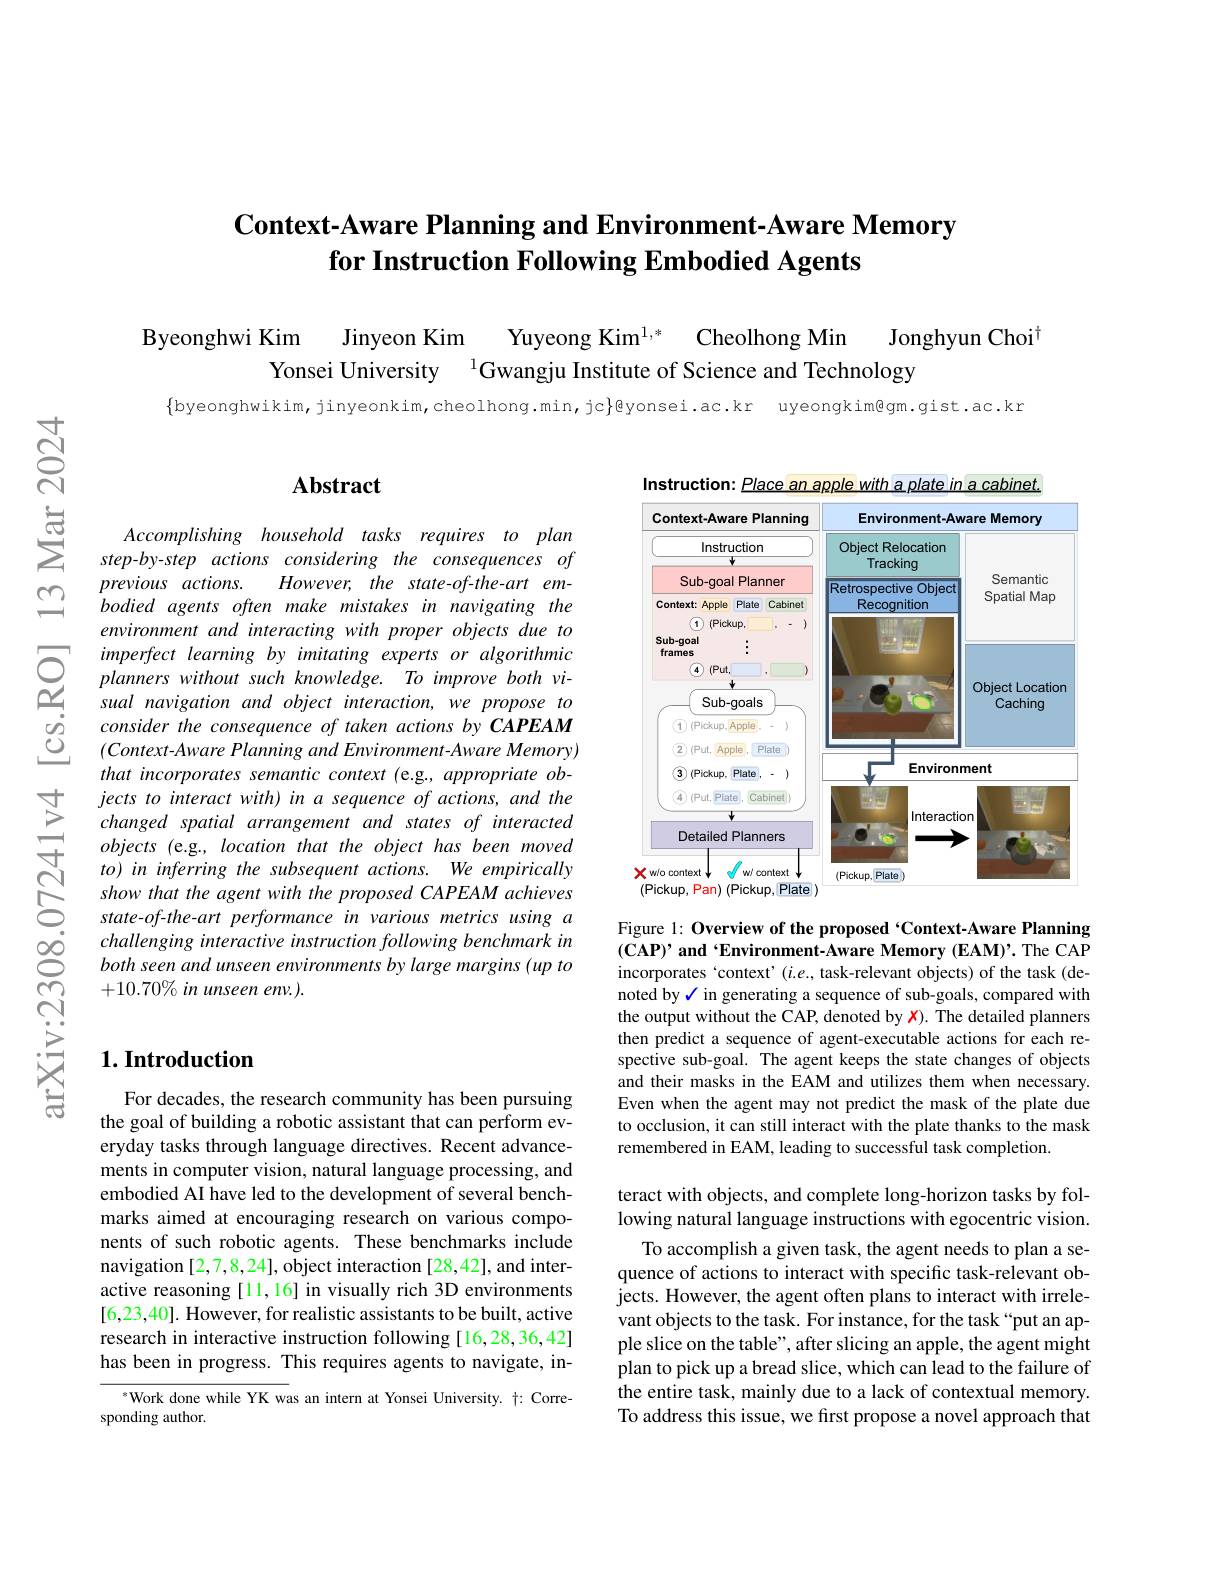
# $\textbf{Context- Aware Planning and Environment- Aware Memory}$ for Instruction Following Embodied Agents

Byeonghwi Kim
Jinyeon Kim
Yuyeong Kim$^{1, * }$ Cheolhong Min
Jonghyun Choi$^{\dagger}$
Yonsei University $^{1}$Gwangju Institute of Science and Technology
$$\{$byeonghwikim,jinyeonkim,cheolhong.min,jc}$gyonsei.ac.kr uyeongkim@gm.gist.ac.kr

### $\mathbf{Abstract}$

Accomplishing household tasks requires $to$ plan step-by-step actions considering the consequences of
However, the state-of-the-art em-
previous actions.
bodied agents often make mistakes in navigating the environment and interacting with proper objects due to imperfect learning by imitating experts or algorithmic planners without such knowledge. To improve both visual navigation and object interaction, we propose to consider the consequence of taken actions by CAPEAM $( Context- Aware\textit{Planning and Environment- Aware Memory})$ that incorporates semantic context (e.g., appropriate objects to interact with) in a sequence of actions, and the changed spatial arrangement and states of interacted objects (e.g., location that the object has been moved
$\begin{array}{ccc}{to)in~inferring~the~subsequent~actions.~We~empirically}\\{\mathrm{N}}&{show~that~the~agent~with~the~proposed~CAPEAM~achieves}\\{\mathrm{S}}&{state-of-the-art~performance~in~various~metrics~using~a}\end{array}$
challenging interactive instruction following benchmark in both seen and unseen environments by large margins (up to $+10.70\%$ in unseen env.).

## $1. \textbf{Introduction}$

For decades, the research community has been pursuing the goal of building a robotic assistant that can perform everyday tasks through language directives. Recent advancements in computer vision, natural language processing, and embodied AI have led to the development of several benchmarks aimed at encouraging research on various components of such robotic agents. These benchmarks include navigation [2,7,8,24], object interaction [28,42], and interactive reasoning [11,16] in visually rich 3D environments [6,23,40]. However, for realistic assistants to be built, active research in interactive instruction following [16,28,36,42] has been in progress. This requires agents to navigate, in-

$^{*}$Work done while YK was an intern at Yonsei University. $\dagger:$ Corre-
sponding author.

Instruction: Place an apple with a plate in a cabinet.
<FigureHere>

Figure 1: Overview of the proposed ‘Context-Aware Planning $(\mathbf{CAP})’$ and ‘Environment-Aware Memory (EAM)’. The CAP incorporates ‘context’(i.e., task-relevant objects) of the task (denoted by √ in generating a sequence of sub-goals, compared with the output without the CAP, denoted by $\color{red}{x}).$ The detailed planners then predict a sequence of agent-executable actions for each respective sub-goal. The agent keeps the state changes of objects and their masks in the EAM and utilizes them when necessary. Even when the agent may not predict the mask of the plate due to occlusion, it can still interact with the plate thanks to the mask remembered in EAM, leading to successful task completion.

teract with objects, and complete long-horizon tasks by following natural language instructions with egocentric vision.
To accomplish a given task, the agent needs to plan a sequence of actions to interact with specific task-relevant objects. However, the agent often plans to interact with irrelevant objects to the task. For instance, for the task “put an apple slice on the table", after slicing an apple, the agent might plan to pick up a bread slice, which can lead to the failure of the entire task, mainly due to a lack of contextual memory. To address this issue, we first propose a novel approach that